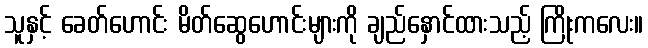
သူနှင့် ခေတ်ဟောင်း မိတ်ဆွေဟောင်းများကို ချည်နှောင်ထားသည့် ကြိုးကလေး။